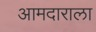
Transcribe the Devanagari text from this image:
आमदाराला